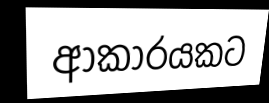
ආකාරයකට